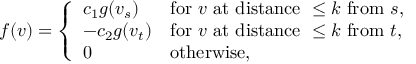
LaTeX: f ( v ) = { \left\{ \begin{array} { l l } { c _ { 1 } g ( v _ { s } ) } & { { \mathrm { f o r ~ } } v { \mathrm { ~ a t ~ d i s t a n c e ~ } } \leq k { \mathrm { ~ f r o m ~ } } s , } \\ { - c _ { 2 } g ( v _ { t } ) } & { { \mathrm { f o r ~ } } v { \mathrm { ~ a t ~ d i s t a n c e ~ } } \leq k { \mathrm { ~ f r o m ~ } } t , } \\ { 0 } & { { \mathrm { o t h e r w i s e , } } } \end{array} \right. }